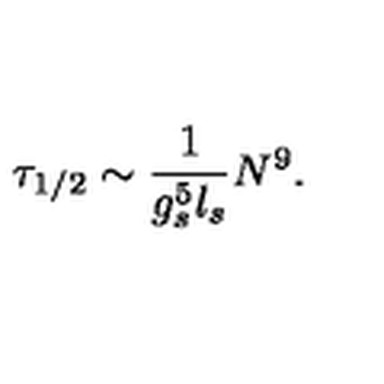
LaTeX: \tau _ { 1 / 2 } \sim { \frac { 1 } { g _ { s } ^ { 5 } l _ { s } } } N ^ { 9 } .